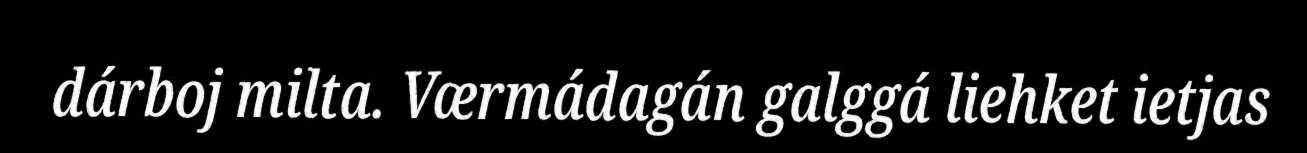
dárboj milta. Værmádagán galggá liehket ietjas